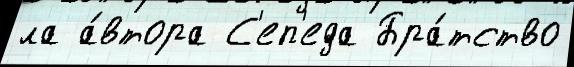
ла а́втора С'еп'еда Бра́тство